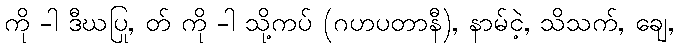
ကို -ါ ဒီဃပြု, တ် ကို -ါ သို့ကပ် (ဂဟပတာနီ), နာမ်ငဲ့, သိသက်, ချေ,